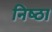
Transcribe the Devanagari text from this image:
निष्‍ठा